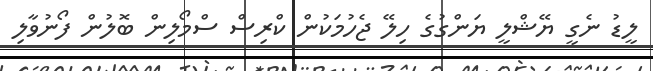
ލީޑު ނެގީ ޔޭޝްލީ ޔަންގުގެ ހިލޭ ޖެހުމަކުން ކްރިސް ސްމޯލިން ބޮލުން ފޯނުވާލި